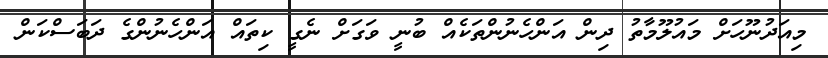
މިއަދުނޫހަށް މައުލޫމާތު ދިން އަންހެނުންތަކެއް ބުނީ ވަގަށް ނެގީ ކިތައް އަންހެނުންގެ ދަބަސްކަން